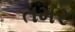
તમર